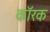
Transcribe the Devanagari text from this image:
कॉरक